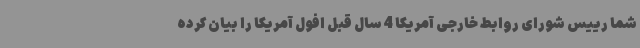
شما رییس شورای روابط خارجی آمریکا 4 سال قبل افول آمریکا را بیان کرده